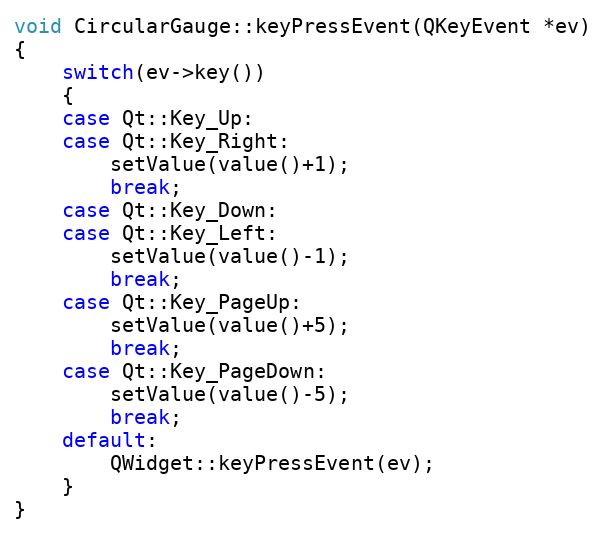
Language: C++
void CircularGauge::keyPressEvent(QKeyEvent *ev)
{
    switch(ev->key())
    {
    case Qt::Key_Up:
    case Qt::Key_Right:
        setValue(value()+1);
        break;
    case Qt::Key_Down:
    case Qt::Key_Left:
        setValue(value()-1);
        break;
    case Qt::Key_PageUp:
        setValue(value()+5);
        break;
    case Qt::Key_PageDown:
        setValue(value()-5);
        break;
    default:
        QWidget::keyPressEvent(ev);
    }
}